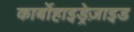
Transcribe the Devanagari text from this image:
कार्बोहाइड्रेज़ाइड